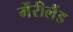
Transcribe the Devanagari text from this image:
मेंरीलैंड